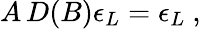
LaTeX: A\, D(B)\epsilon_{L}=\epsilon_{L}\ ,